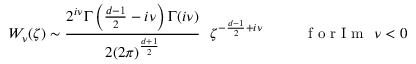
W _ { \nu } ( \zeta ) \sim \frac { 2 ^ { i \nu } \Gamma \left( \frac { d - 1 } { 2 } - i \nu \right) \Gamma ( i \nu ) } { 2 ( 2 \pi ) ^ { \frac { d + 1 } { 2 } } } \ \ \zeta ^ { - \frac { d - 1 } { 2 } + i \nu } \ \ \ \ \ \ \ \ \makebox { f o r I m } \ \nu < 0